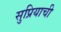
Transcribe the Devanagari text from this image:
सुप्रियाची